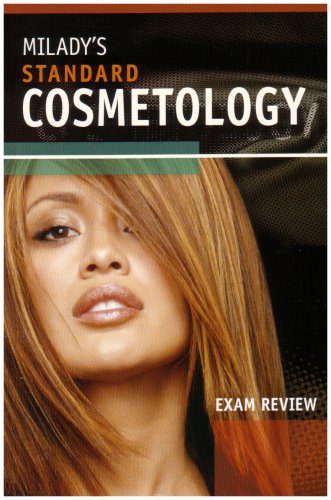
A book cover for Exam Review for Milady's Standard Cosmetology 2008; Milady; Business & Money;